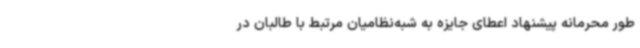
طور محرمانه پیشنهاد اعطای جایزه به شبه‌نظامیان مرتبط با طالبان در